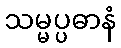
သမ္မပ္ပဓာနံ